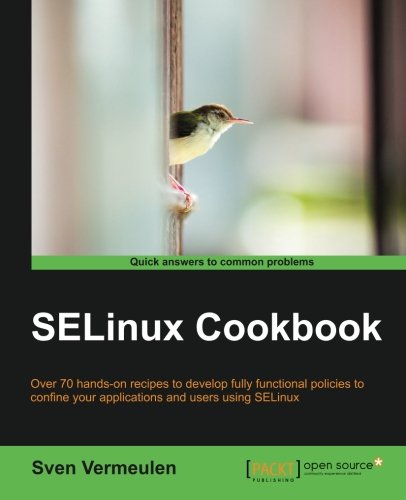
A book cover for SELinux Cookbook; Sven Vermeulen; Computers & Technology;